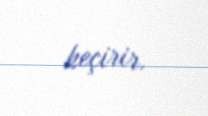
keçirir.